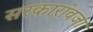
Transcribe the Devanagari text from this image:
सरकारांवजा